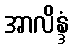
အာလိန္ဒံ